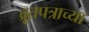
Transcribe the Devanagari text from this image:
व्रूतपत्राच्या